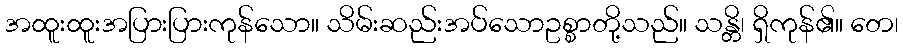
အထူးထူးအပြားပြားကုန်သော။ သိမ်းဆည်းအပ်သောဥစ္စာတို့သည်။ သန္တိ၊ ရှိကုန်၏။ တေ၊